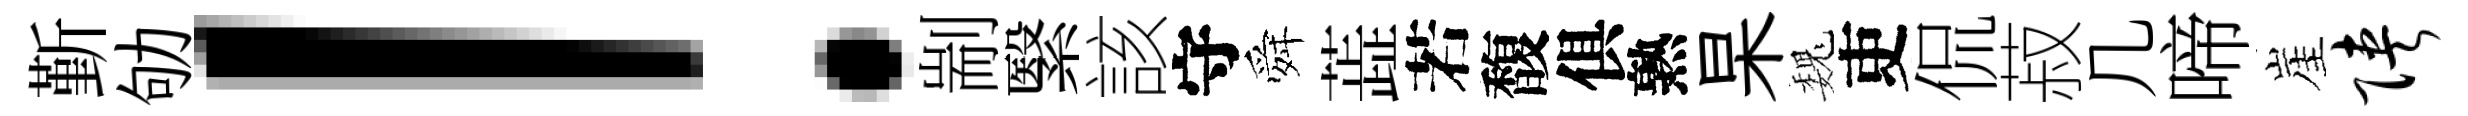
斳劬！剬繄該守舜蕋若馥俱熟杲巍吏侃菽几啼崖陕